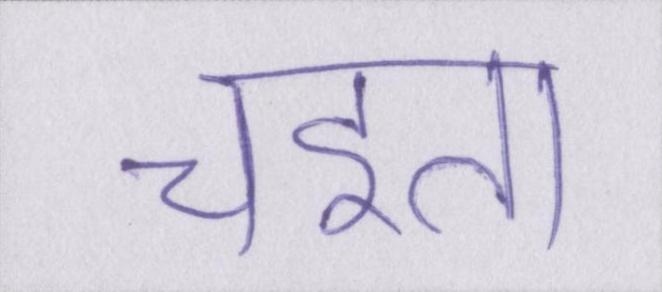
चइता